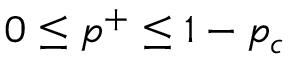
0 \le p ^ { + } \le 1 - p _ { c }